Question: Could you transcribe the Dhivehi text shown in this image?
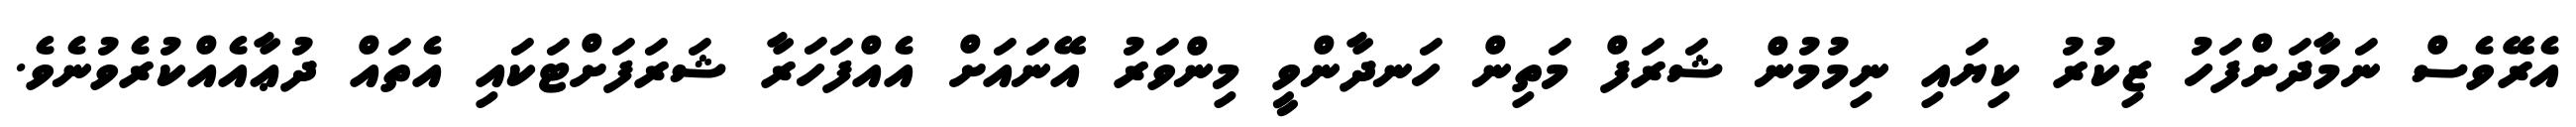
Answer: އެރޭވެސް ނަމާދަށްފަހު ޒިކުރު ކިޔައި ނިމުމުން ޝަރަފް މަތިން ހަނދާންވީ މިންވަރު އޭނައަށް އެއްފަހަރާ ޝަރަފަށްޓަކައި އެތައް ދުޢާއެއްކުރެވުނެވެ.